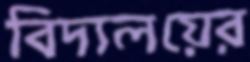
বিদ্যলয়ের